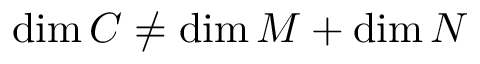
\mathrm { d i m } \, { \cal C } \ne \mathrm { d i m } \, { \cal M } + \mathrm { d i m } \, { \cal N }